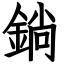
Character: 鋿